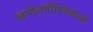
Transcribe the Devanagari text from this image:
खगोलभौतिकशास्त्री